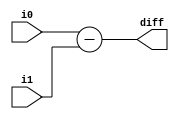
module sub32(i0,i1,diff);
input [31:0] i0,i1;
output [31:0] diff;

assign diff = i0 - i1;

endmodule